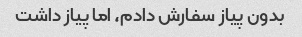
بدون پیاز سفارش دادم، اما پیاز داشت